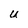
Character: U